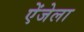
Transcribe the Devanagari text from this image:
ऐंजेला